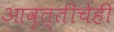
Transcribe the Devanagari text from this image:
आवृत्तीचेही